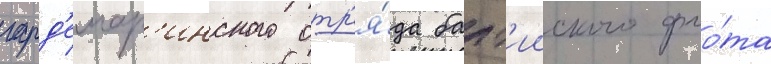
гард'емар'инского отр'я́да балт'ииского фло́та